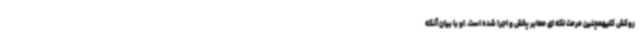
روکش کلیهمچنین مرمت لکه ای معابر پخش و اجرا شده است. او با بیان آنکه